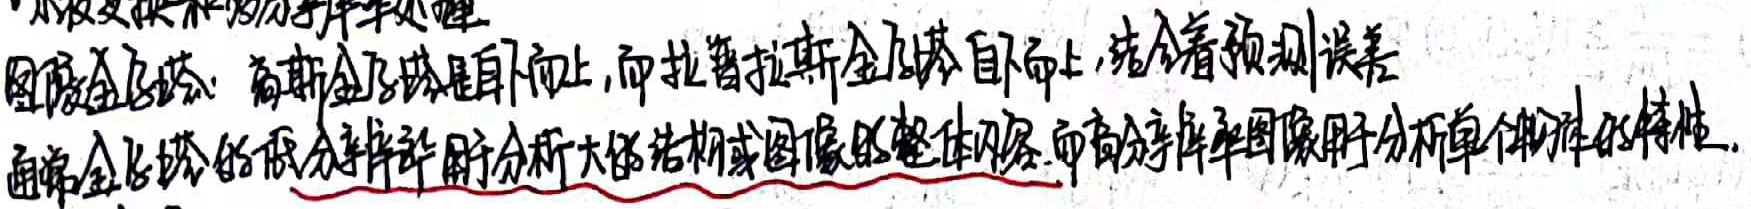
小波变换和多分辨率处理图像金字塔：高斯金字塔是自上而下，而拉普拉斯金字塔自下而上，结合着预测误差。通常金字塔的低分辨率用于分析大体结构或图像的整体内容，而高分辨率图像用于分析单个物体的特性。